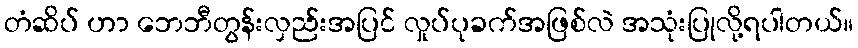
တံဆိပ် ဟာ ဘေဘီတွန်းလှည်းအပြင် လှုပ်ပုခက်အဖြစ်လဲ အသုံးပြုလို့ရပါတယ်။